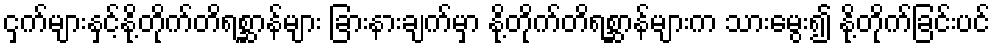
ငှက်များနှင့်နို့တိုက်တိရစ္ဆာန်များ ခြားနားချက်မှာ နို့တိုက်တိရစ္ဆာန်များက သားမွေး၍ နို့တိုက်ခြင်းပင်